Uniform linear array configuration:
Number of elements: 24
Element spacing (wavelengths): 0.75
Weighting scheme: hann
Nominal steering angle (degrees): -45
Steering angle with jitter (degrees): -44.082
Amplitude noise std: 0.05
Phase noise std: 0.05

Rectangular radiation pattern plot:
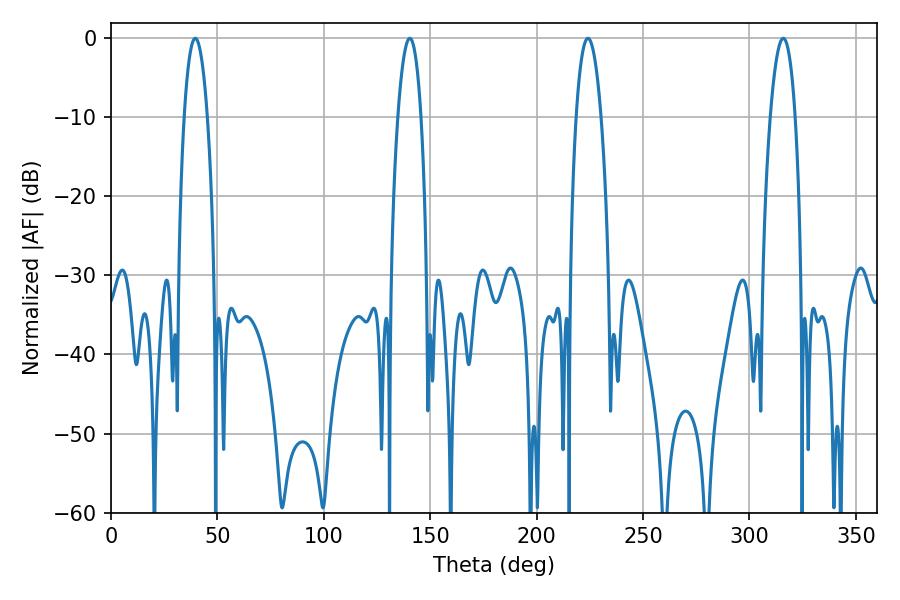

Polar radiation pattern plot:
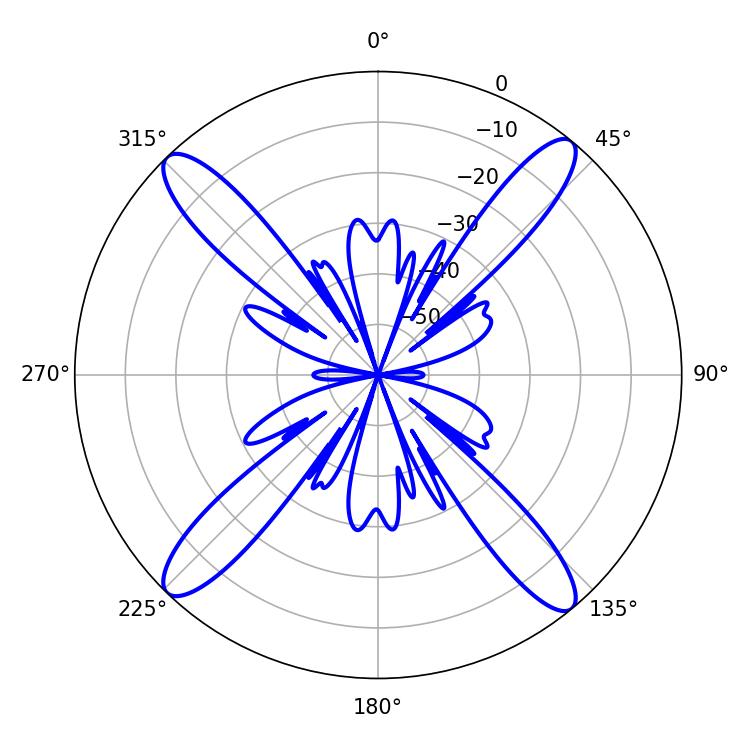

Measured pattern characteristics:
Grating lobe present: TRUE
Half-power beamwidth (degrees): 6.66
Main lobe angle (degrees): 224.1